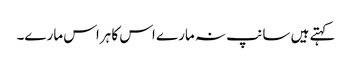
کہتے ہیں سانپ نہ مارے اس کا ہراس مارے۔